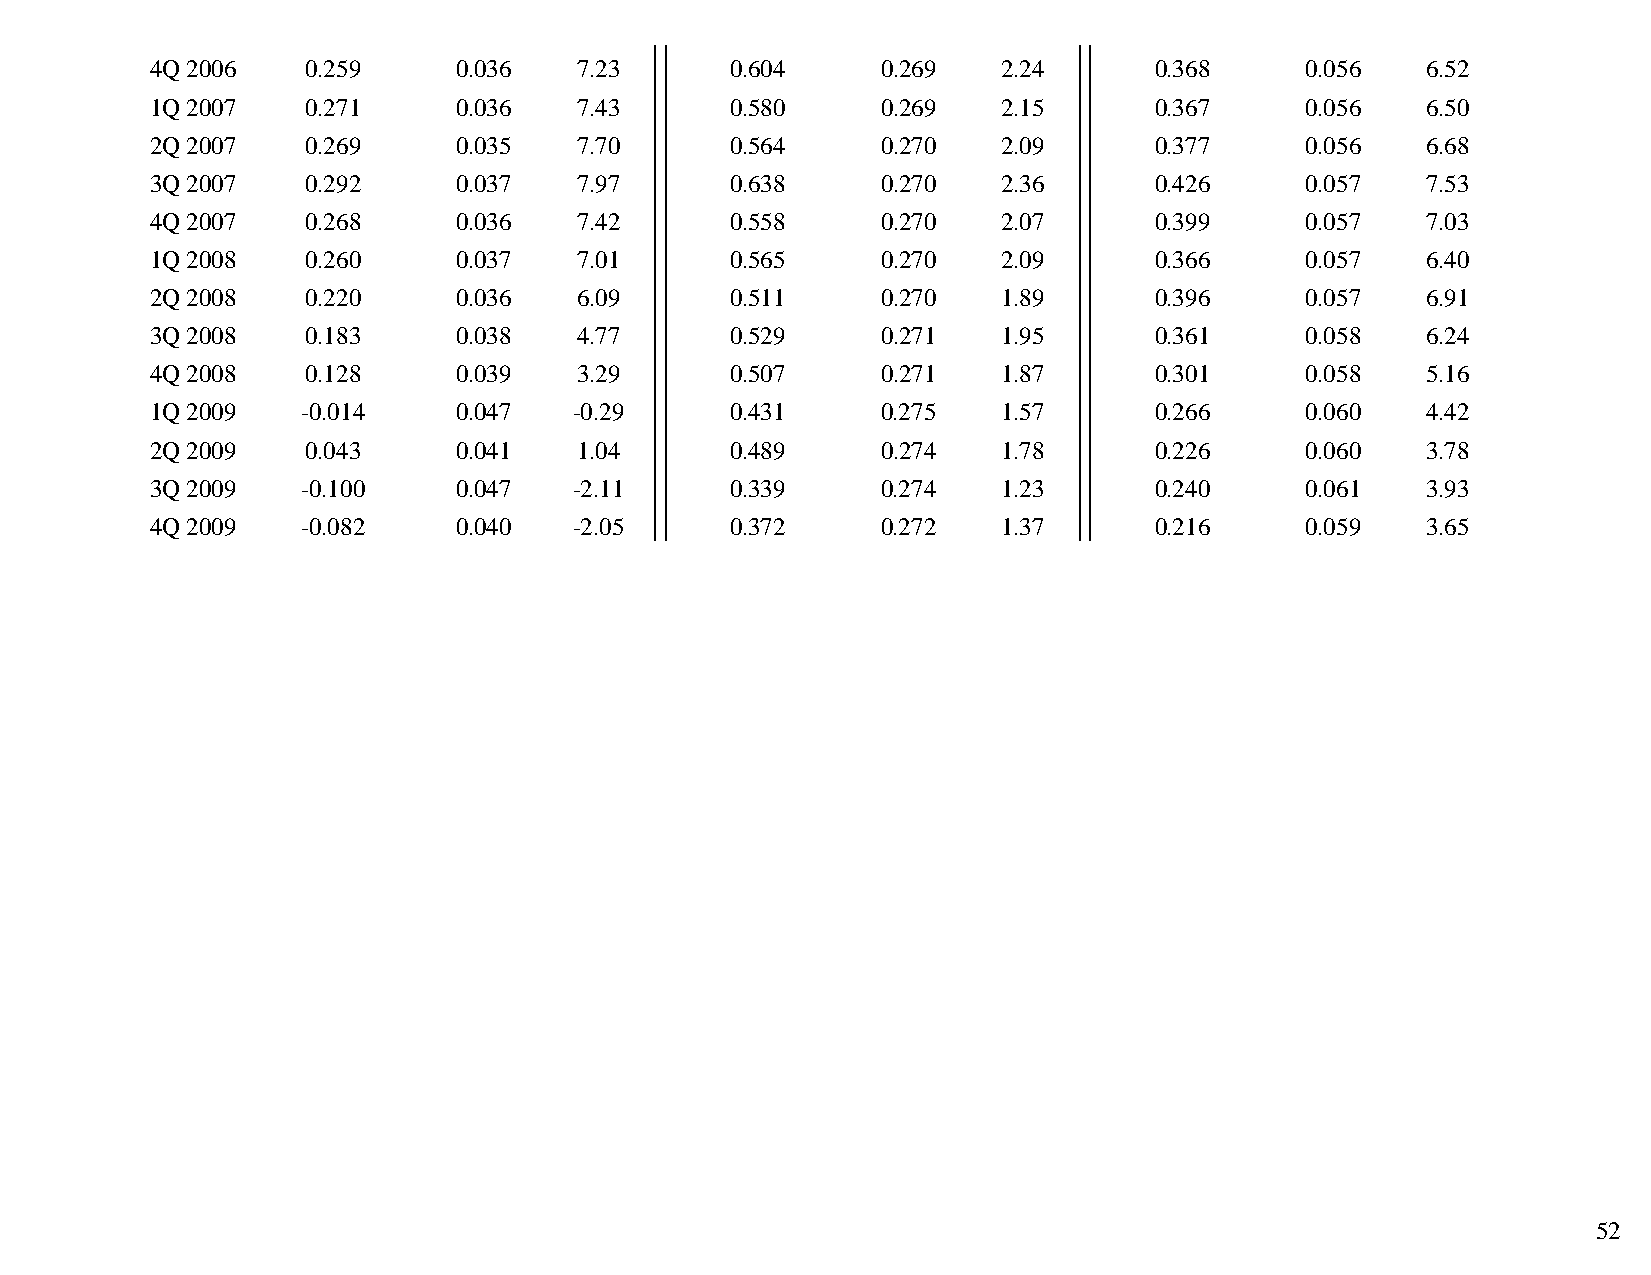
4Q 2006   0.259     0.036   7.23      0.604     0.269   2.24      0.368     0.056   6.52
 1Q 2007   0.271     0.036   7.43      0.580     0.269   2.15      0.367     0.056   6.50
 2Q 2007   0.269     0.035   7.70      0.564     0.270   2.09      0.377     0.056   6.68
 3Q 2007   0.292     0.037   7.97      0.638     0.270   2.36      0.426     0.057   7.53
 4Q 2007   0.268     0.036   7.42      0.558     0.270   2.07      0.399     0.057   7.03
 1Q 2008   0.260     0.037   7.01      0.565     0.270   2.09      0.366     0.057   6.40
 2Q 2008   0.220     0.036   6.09      0.511     0.270   1.89      0.396     0.057   6.91
 3Q 2008   0.183     0.038   4.77      0.529     0.271   1.95      0.361     0.058   6.24
 4Q 2008   0.128     0.039   3.29      0.507     0.271   1.87      0.301     0.058   5.16
 1Q 2009   -0.014    0.047   -0.29     0.431     0.275   1.57      0.266     0.060   4.42
 2Q 2009   0.043     0.041   1.04      0.489     0.274   1.78      0.226     0.060   3.78
 3Q 2009   -0.100    0.047   -2.11     0.339     0.274   1.23      0.240     0.061   3.93
 4Q 2009   -0.082    0.040   -2.05     0.372     0.272   1.37      0.216     0.059   3.65
 52